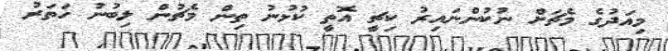
މިއަދުގެ މެޗަށް ނުކުންނައިރު ކިޗީ އޮތީ ކުޅުނު ތިން މެޗުން ލިބުނު ހަތަރު